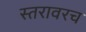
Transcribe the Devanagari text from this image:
स्तरावरच